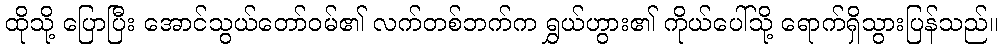
ထိုသို့ ပြောပြီး အောင်သွယ်တော်ဝမ်၏ လက်တစ်ဘက်က ရွှယ်ဟွား၏ ကိုယ်ပေါ်သို့ ရောက်ရှိသွားပြန်သည်။